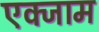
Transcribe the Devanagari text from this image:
एक्जाम